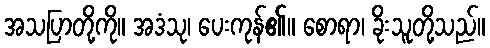
အသပြာတို့ကို။ အဒံသု၊ ပေးကုန်၏။ စောရာ၊ ခိုးသူတို့သည်။